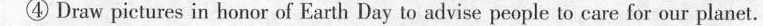
④ Draw pictures in honor of Earth Day to advise people to care for our planet.